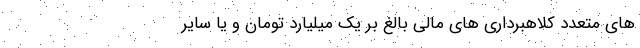
های متعدد کلاهبرداری های مالی بالغ بر یک میلیارد تومان و یا سایر